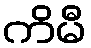
ကိမီ